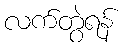
လက်တွဲရန်